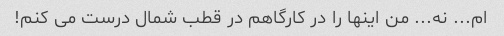
ام... نه... من اینها را در کارگاهم در قطب شمال درست می کنم!